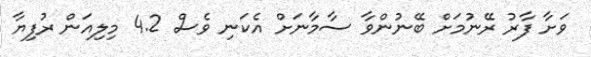
ވަށާ ފާރު ރޭނުމަށް ބޭނުންވާ ސާމާނަށް އެކަނި ވެސް 4.2 މިލިއަން ރުފިޔާ